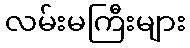
လမ်းမကြီးများ